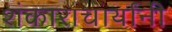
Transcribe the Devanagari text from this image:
शंकाराचार्यांनी